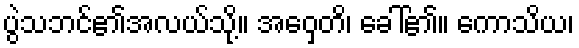
ပွဲသဘင်၏အလယ်သို့။ အဝှေတိ၊ ခေါ်၏။ ကောသိယ၊